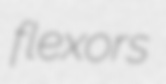
flexors